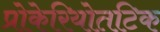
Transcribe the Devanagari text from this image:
प्रोकेरियोतटिक